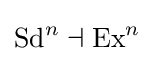
\operatorname {Sd} ^{n}\dashv \operatorname {Ex} ^{n}